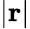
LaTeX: \lvert\textbf{r}\rvert